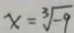
x = \sqrt [ 3 ] { - 9 }